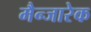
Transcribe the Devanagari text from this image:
मैन्जारेक